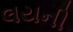
લયની